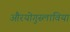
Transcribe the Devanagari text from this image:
औरयोगुस्लाविया